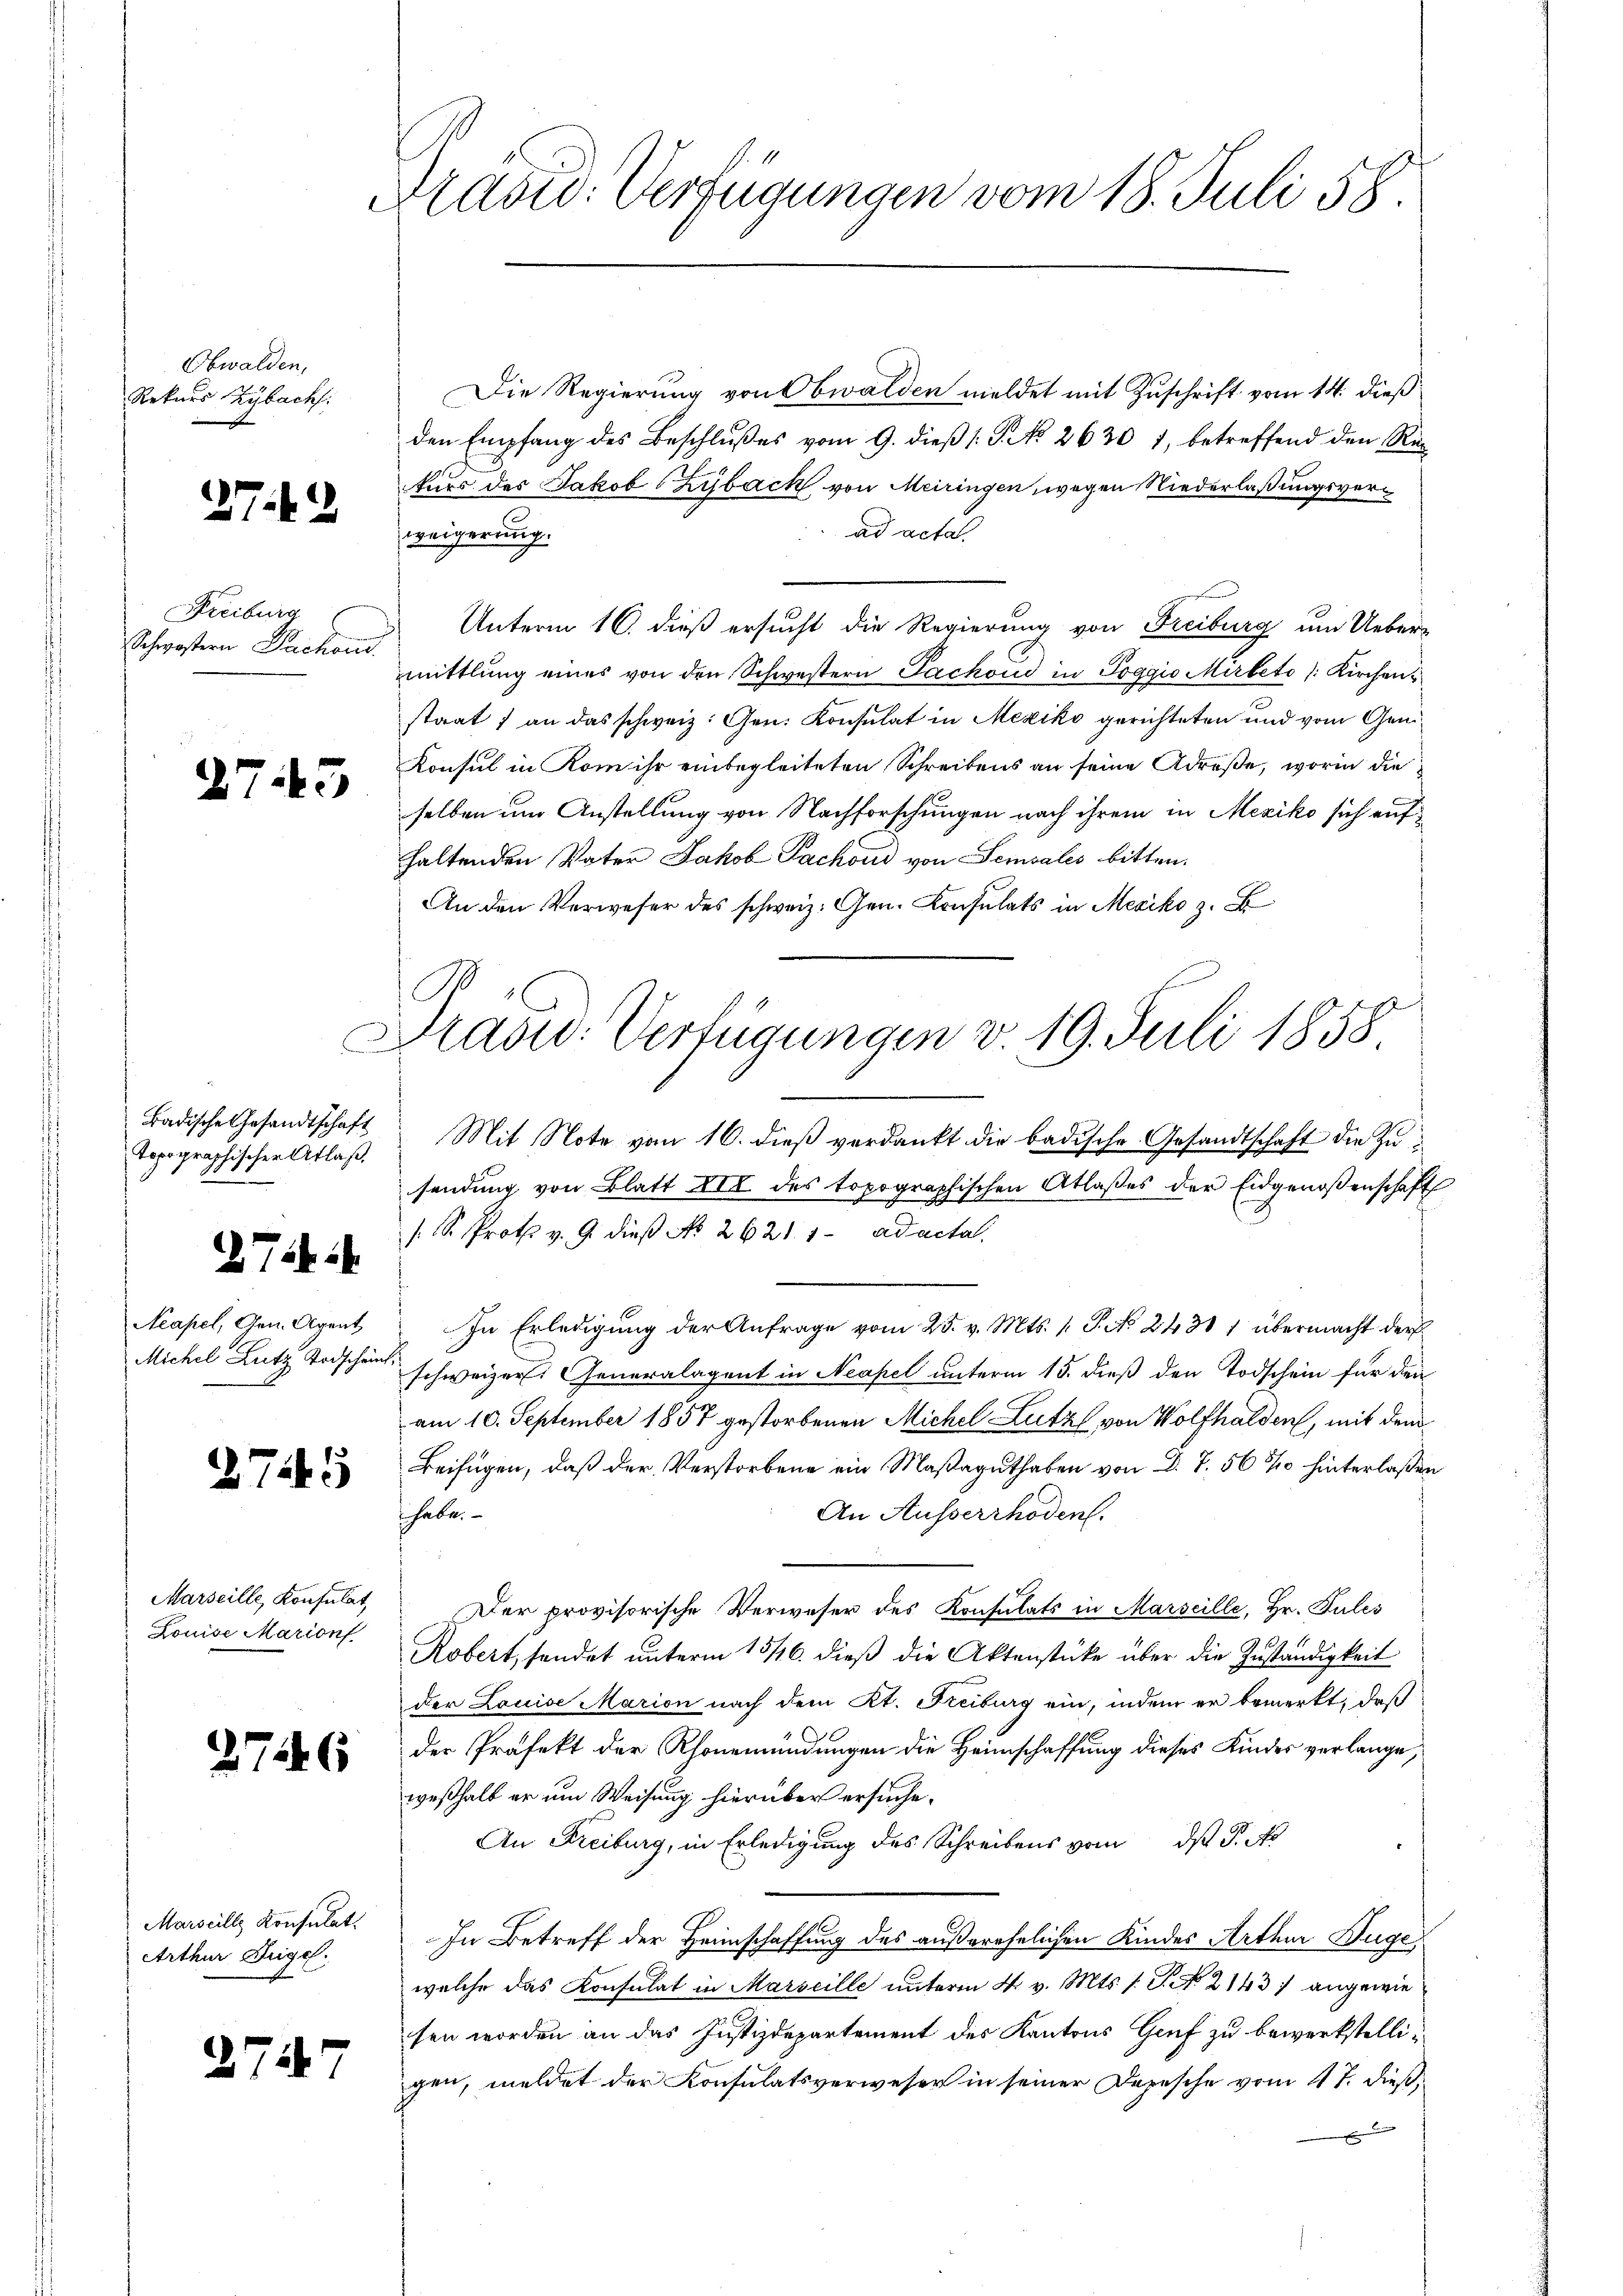
Obwalden,
Rekurs Zybach.

27.12

Freiburg
Schwestern Parchon.

h

Acapel, Gen. Agent
Michel Lutz Todschein

2745

Marseille, Konsulat
Louise Marion

2746

)

2

7

Marseille Konsulat
Arthur Zeigel.

.

45

Badische Gesandtschaft
Torographischer Atlaß.
9

75. 2

7

Präsid. Verfügungen vom 18. Juli 58.

Die Regierung von Obwalden meldet mit Zuschrift vom 14. dieß
den Empfang des Beschlußes vom 9. dieß [G. No 2630 1, betreffend den Rekurs des Jakob Zyback von Meiringen, wegen Niederlaßungsverad actal.
weigerung.
Unterm 16. dieß ersucht die Regierung von Freiburg um Uebermittlung eines von den Schwestern Pachoud in Toggio Mirbeto /: Kirchens
staat f an das schweiz. Gen. Konsulat in Mexiko gerichteten und vom Geni¬
Konsul in Kom ihr einbegleiteten Schreibens an seine Adrese, worin die
selben um Anstellung von Nachforschungen nach ihrem in Mexiko sich aufhaltenden Vater Jakob Pachoud von Semvales bitten.
An den Verweser des schweiz. Gen. Konsulats in Mexiko z. B

Masu: Verfügungen v. 19. Juli 1858
Mit Note vom 16. dieβ verdankt die badische Gesandtschaft die Zu¬

sendung von Blatt III des topographischen Atlasses der Eidgenoßenschaft
s. S. Prot v. 9. dieß No 26211. ad acta.
In Erledigung der Anfrage vom 25. v. Mts. 1. P. No. 2438 1 übermacht der
h
schweizer Generalagent in Neapel unterm 15. dieß den Todschein für den
am 10. September 1857 gestorbenen Michel Lutz von Wolfhalden, mit dem
Beifügen, daß der Verstorbene ein Maßaguthaben von D. T. 568/10 hinterlaßen
habe.
An Ausserrhoden.
Der provisorische Verweser des Konsulats in Marseille, Hr. Fules
Robert, sendet unterm 13/16. dieβ die Aktenstücke über die Zuständigkeit
der Louise Marion nach dem Kt. Freiburg ein, indem er bemerkt, daß
der Präfekt der Rhonemündungen die Heimschaffung dieses Kindes verlange,
weßhalb er um Weisung hierüber ersuche.
An Freiburg, in Erledigung des Schreibens vom ds P. A
In Betreff der Heimschaffung des außerehelichen Kindes Arthur Hüge
welche das Konsulat in Marseille unterm 4. v. Mts. s. S. No. 2143) angewie
sen worden an das Justizdepartement des Kantons Genf zu bewerkstelligen, meldet der Konsulatsverweser in seiner Depesche vom 4t. dieß,